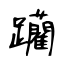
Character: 躪